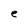
Character: e